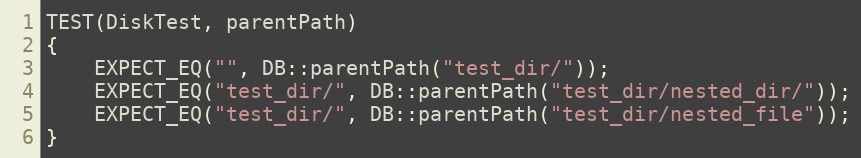
Language: C++
TEST(DiskTest, parentPath)
{
    EXPECT_EQ("", DB::parentPath("test_dir/"));
    EXPECT_EQ("test_dir/", DB::parentPath("test_dir/nested_dir/"));
    EXPECT_EQ("test_dir/", DB::parentPath("test_dir/nested_file"));
}